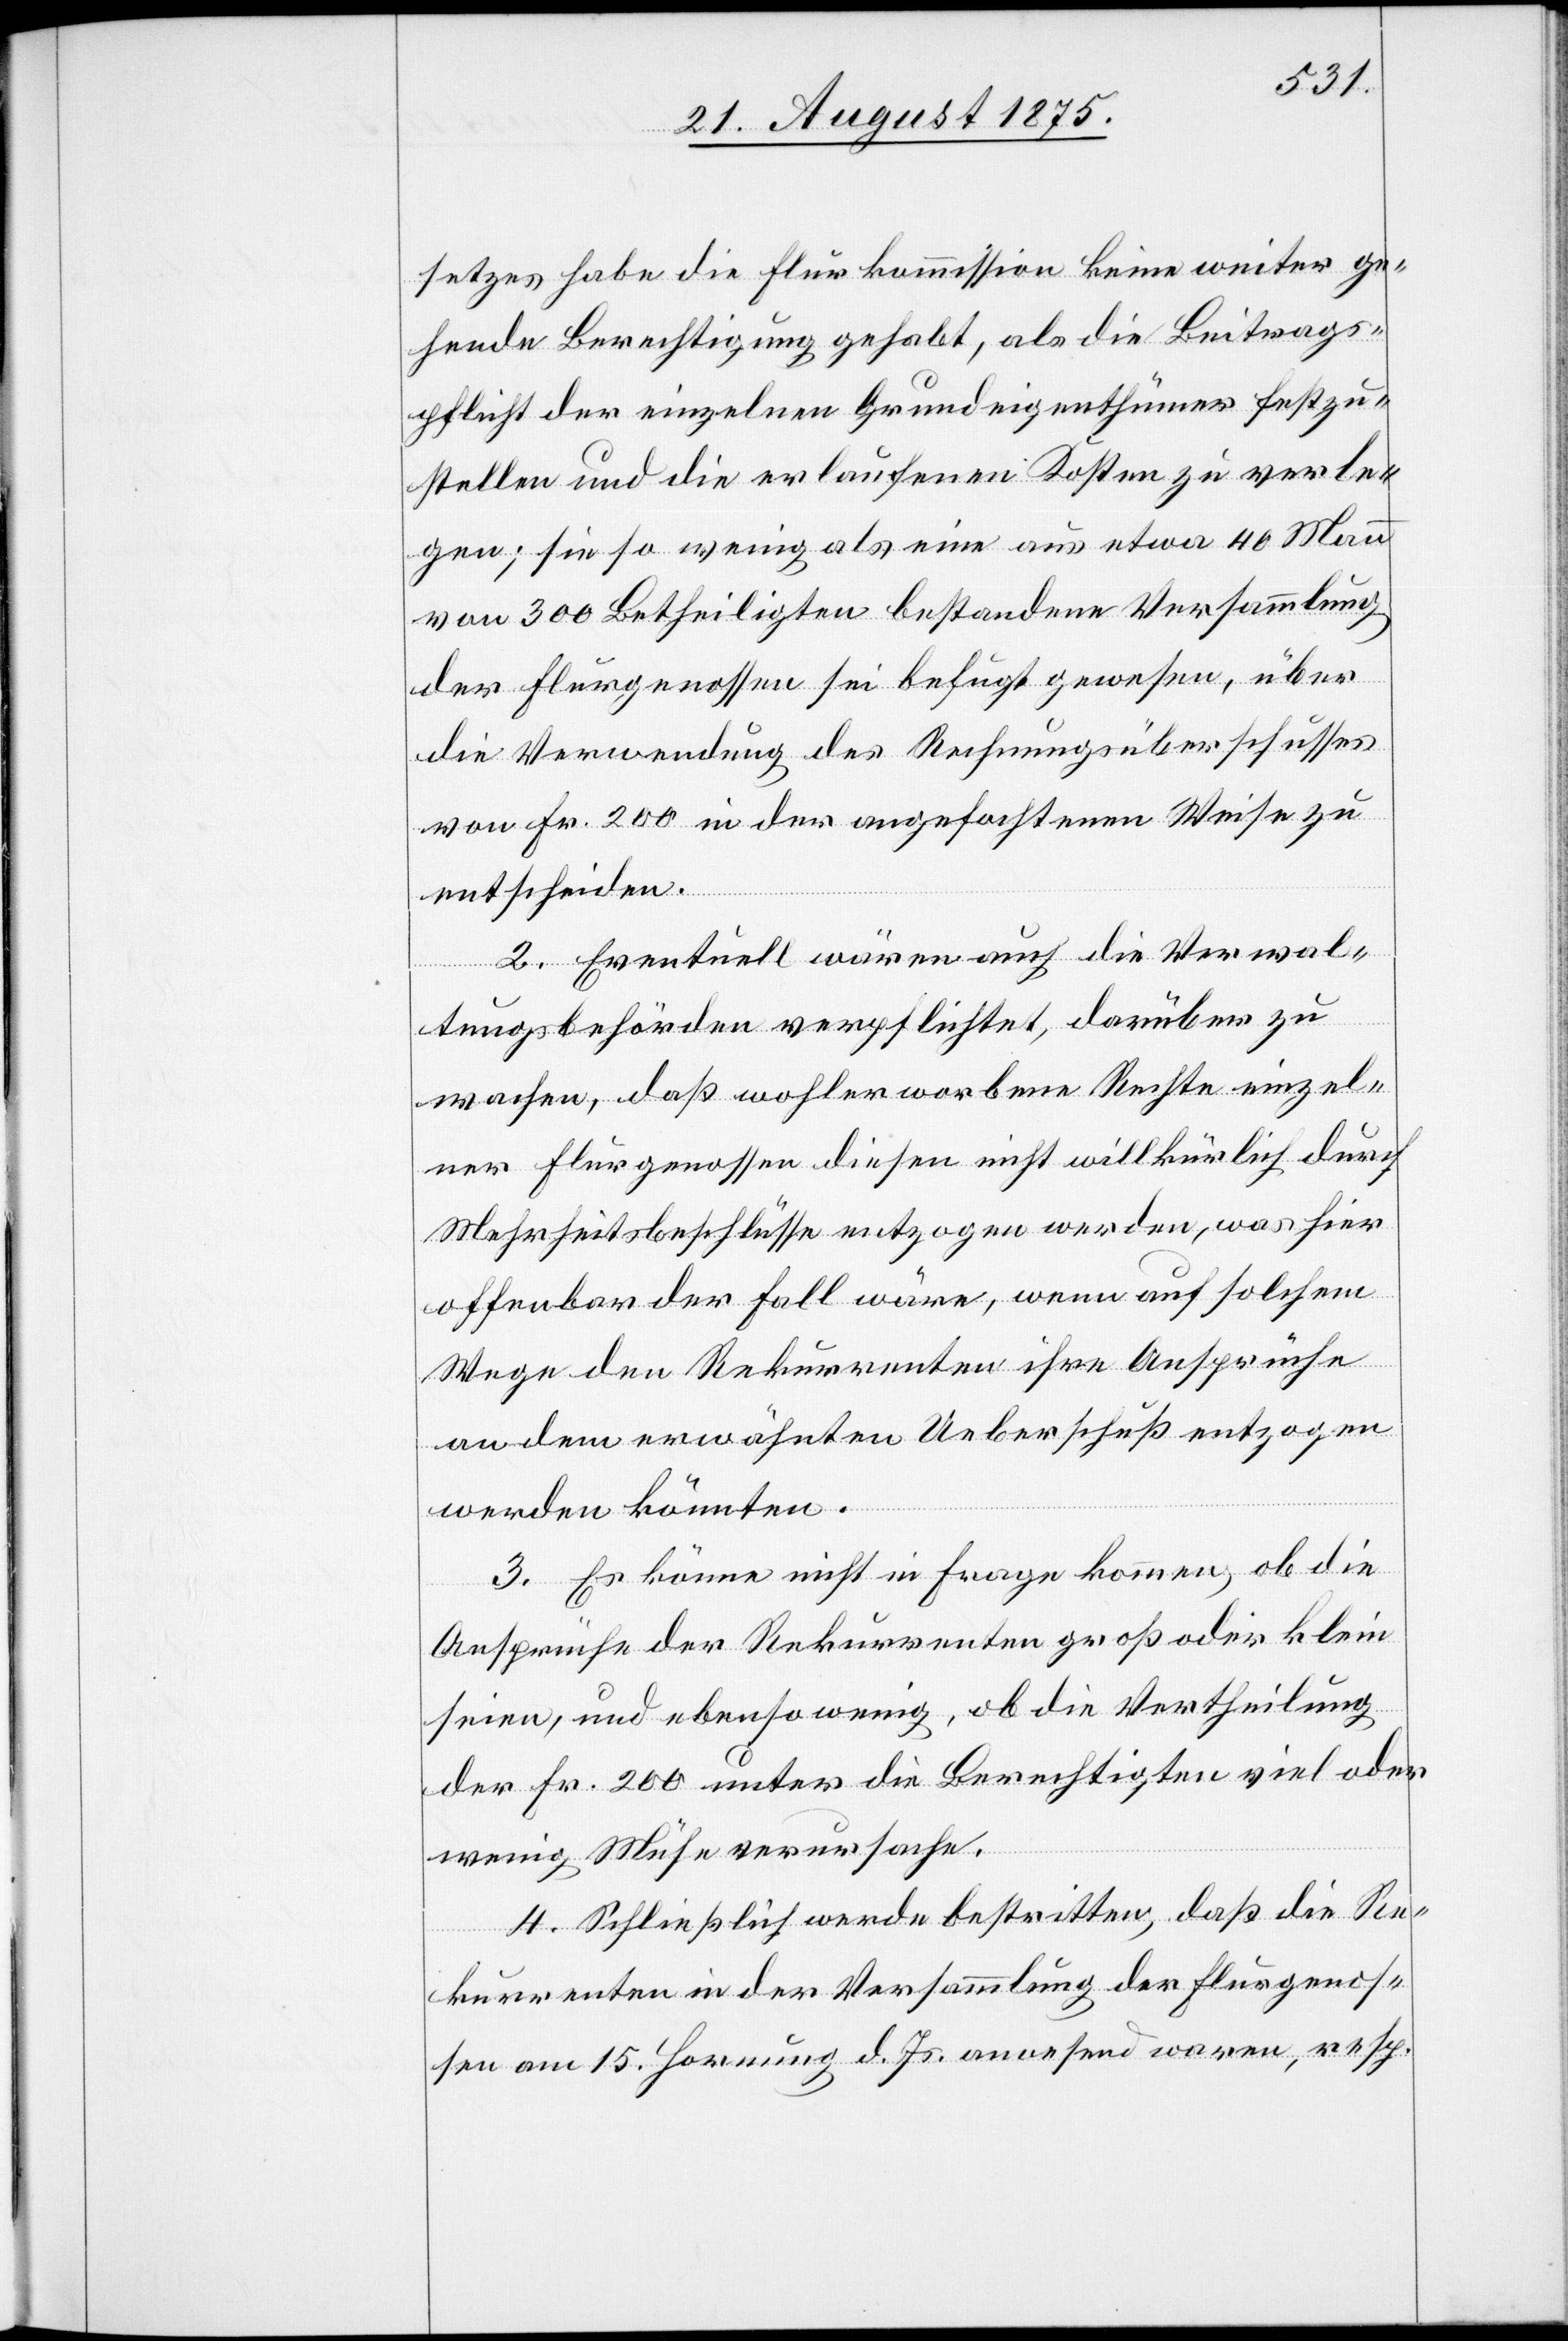
setzes habe die Flurkommission keine weiter ge¬
hende Berechtigung gehabt, als die Beitrags¬
pflicht der einzelnen Grundeigenthümer festzu¬
stellen und die erlaufenen Kosten zu verle¬
gen; sie so wenig als eine aus etwa 40 Mann
von 300 Betheiligten bestandene Versammlung
der Flurgenossen sei befugt gewesen, über
die Verwendung des Rechnungsüberschusses
von Fr. 200 in der Angefochtenen Weise zu
entscheiden.
2. Eventuell wären auch die Verwal¬
tungsbehörden verpflichtet, darüber zu
wachen, daß wohlerworbene Rechte einzel¬
ner Flurgenossen diesen nicht willkürlich durch
Mehrheitsbeschlüsse entzogen werden, was hier
offenbar der Fall wäre, wenn auf solchem
Wege den Rekurrenten ihre Ansprüche
an dem erwähnten Ueberschuß entzogen
werden könnten.
3. Es könne nicht in Frage kommen, ob die
Ansprüche der Rekurrenten groß oder klein
seien, und ebensowenig, ob die Vertheilung
der Fr. 200 unter die Berechtigten viel oder
wenig Mühe verursache.
4. Schließlich werde bestritten, daß die Re¬
kurrenten in der Versammlung der Flurgenos¬
sen am 15. Hornung d. Js. anwesend waren, resp.